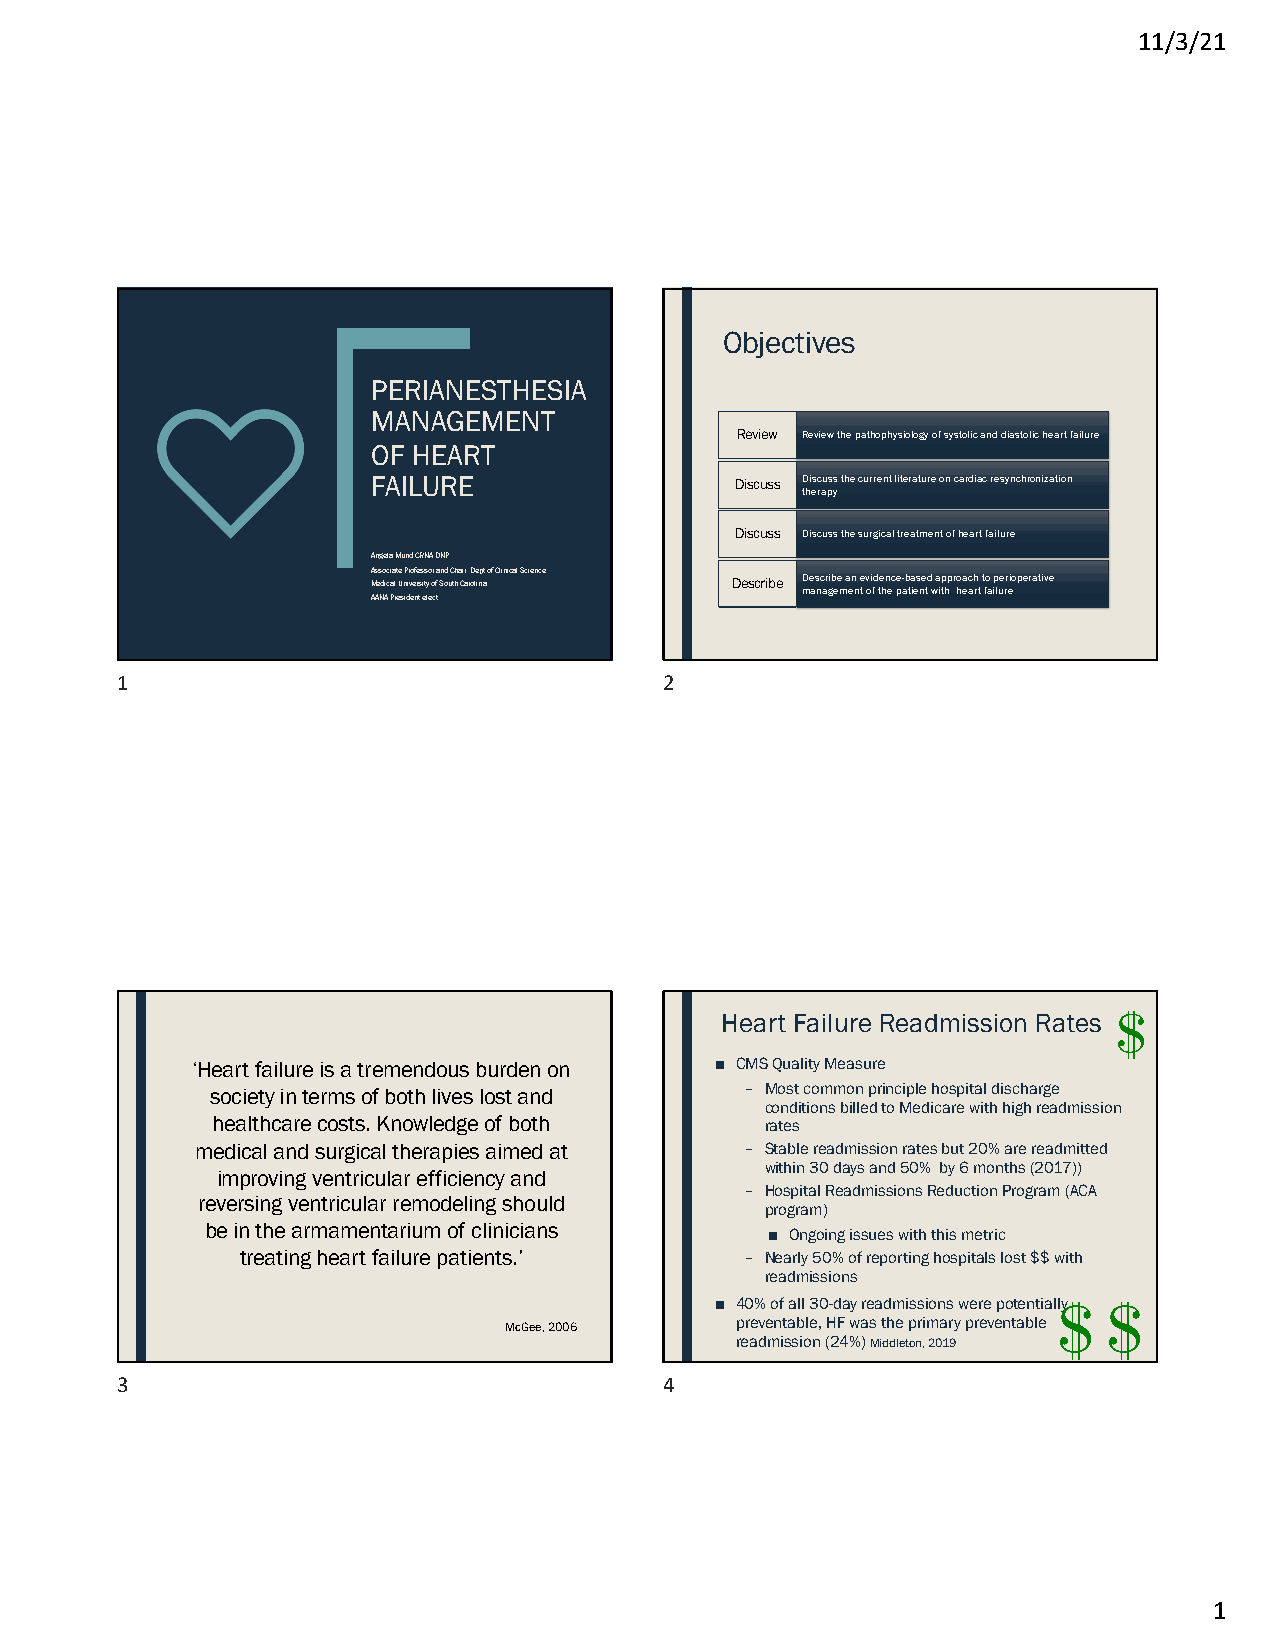
11/3/21
 Objectives
 PERIANESTHESIA
 MANAGEMENT
 Review Review the pathophysiology of systolic and diastolic heart failure
 OF HEART
 FAILURE                 Discuss Discuss the current literature on cardiac resynchronization
 therapy
 Discuss Discuss the surgical treatment of heart failure
 Angela Mund CRNA DNP
 Associate Professor and Chair, Dept of Clinical Science
 Medical University of South Carolina Describe Describe an evidence-based approach to perioperative
 management of the patient with heart failure
 AANA President elect
 1                                   2
 Heart Failure Readmission Rates
 ‘Heart failure is a tremendous burden on ■ CMS Quality Measure
 society in terms of both lives lost and – Most common principle hospital discharge
 conditions billed to Medicare with high readmission
 healthcare costs. Knowledge of both  rates
 medical and surgical therapies aimed at – Stable readmission rates but 20% are readmitted
 within 30 days and 50% by 6 months (2017))
 improving ventricular efficiency and
 – Hospital Readmissions Reduction Program (ACA
 reversing ventricular remodeling should
 program)
 be in the armamentarium of clinicians
 ■ Ongoing issues with this metric
 treating heart failure patients.’ – Nearly 50% of reporting hospitals lost $$ with
 readmissions
 ■ 40% of all 30-day readmissions were potentially
 preventable, HF was the primary preventable
 McGee, 2006
 readmission (24%) Middleton, 2019
 3                                   4
 1